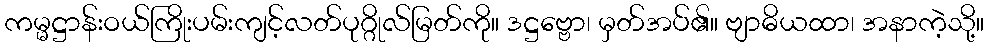
ကမ္မဋ္ဌာန်းဝယ်ကြိုးပမ်းကျင့်လတ်ပုဂ္ဂိုလ်မြတ်ကို။ ဒဋ္ဌဗ္ဗော၊ မှတ်အပ်၏။ ဗျာဓိယထာ၊ အနာကဲ့သို့။